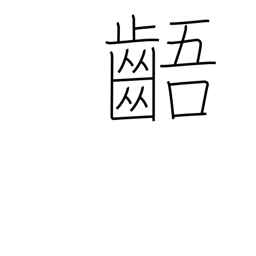
Meaning: irregular teeth